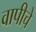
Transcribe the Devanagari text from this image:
वापीचे